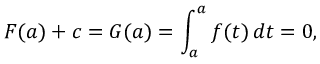
F ( a ) + c = G ( a ) = \int _ { a } ^ { a } f ( t ) \, d t = 0 ,